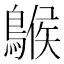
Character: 䳧